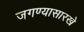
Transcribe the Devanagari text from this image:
जगण्यासारखे